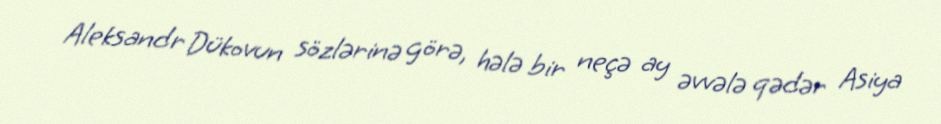
Aleksandr Dükovun sözlərinə görə, hələ bir neçə ay əvvələ qədər Asiya